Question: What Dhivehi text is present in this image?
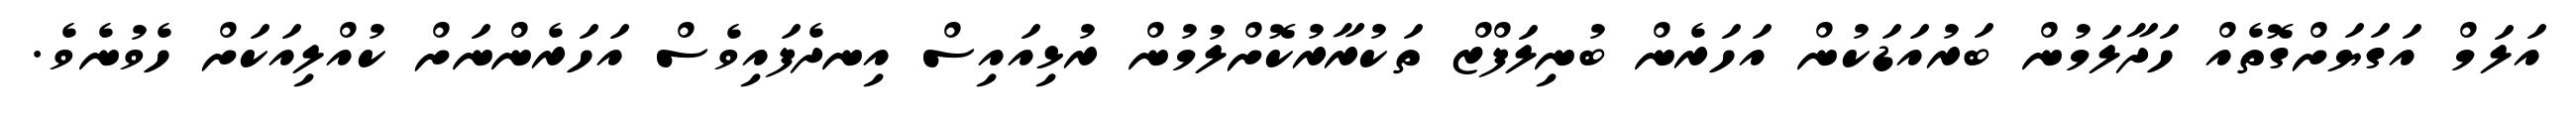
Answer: އަލަމް އަގަޔަށްގޮތެއް ހަދާލަމުން ބަރުއަޑަކުން އަހަރެން ބުނިލަފްޒް ތަކުރާރުކޮށްލުމުން ރުޅިއައިސް އިނދެފައިވެސް އަހަރެންނަށް ކުއްލިއަކަށް ހެވުނެވެ.